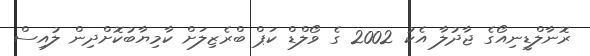
ރޮނާލްޑީނިއޯގެ ޖާދުލާ އެކު 2002 ގެ ވޯލްޑް ކަޕް ބްރެޒިލަށް ކާމިޔާބުކޮށްދިން ލުއިސް